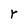
Character: Y